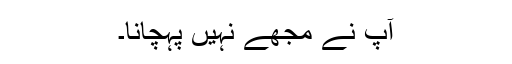
آپ نے مجھے نہیں پہچانا۔